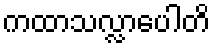
ကထာသလ္လာပေါတိ